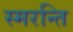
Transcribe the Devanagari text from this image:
स्मरन्ति